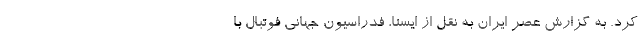
کرد. به گزارش عصر ایران به نقل از ایسنا، فدراسیون جهانی فوتبال با